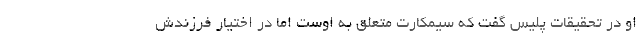
او در تحقیقات پلیس گفت که سیمکارت متعلق به اوست اما در اختیار فرزندش